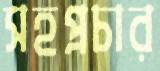
সহপ্রচার